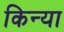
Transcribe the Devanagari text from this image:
किन्या